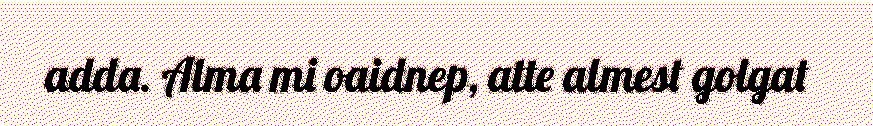
adda. Alma mi oaidnep, atte almest golgat